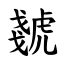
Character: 虦